Investigations into the jail dietaries of the United Provinces with some observations on the influence of dietary on the physical development and well-being of the people of the United Provinces - Number 48
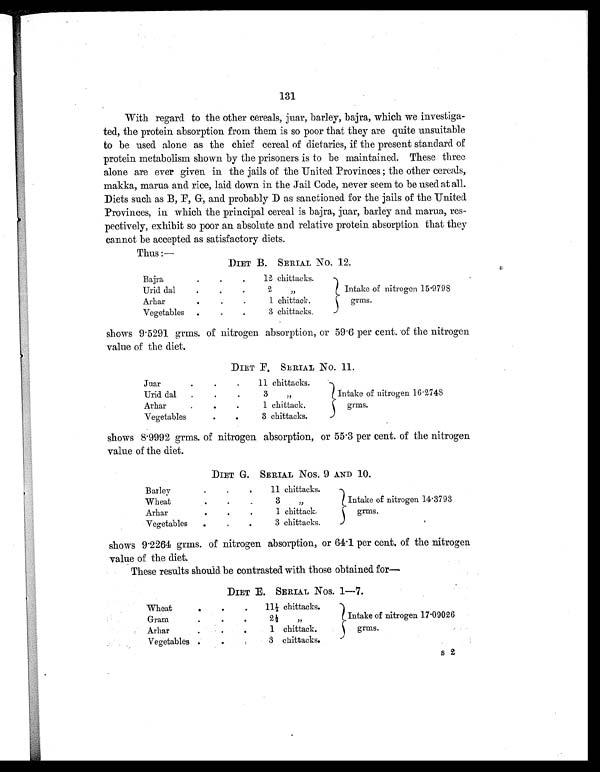
131
With regard to the other cereals, juar, barley, bajra, which we investiga-
ted, the protein absorption from them is so poor that they are quite unsuitable
to be used alone as the chief cereal of dietaries, if the present standard of
protein metabolism shown by the prisoners is to be maintained. These three
alone are ever given in the jails of the United Provinces; the other cereals,
makka, marua and rice, laid down in the Jail Code, never seem to be used at all.
Diets such as B, F, G, and probably D as sanctioned for the jails of the United
Provinces, in which the principal cereal is bajra, juar, barley and marua, res-
pectively, exhibit so poor an absolute and relative protein absorption that they
cannot be accepted as satisfactory diets.
Thus:—
DIET B. SERIAL No. 12.
Bajra
.
. .
12 chittacks.
Intake of nitrogen 15.9798
grms.
Urid dal
. . .
2
, ,
Arhar
.
. .
1 chittack.
Vegetables
.
. .
3 chittack.
shows 9.5291 grms. of nitrogen absorption, or 59.6 per cent. of the nitrogen
value of the diet.
DIET F. SERIAL No. 11.
Juar
.
.
.
11 chittacks.
Intake of nitrogen 16.2748
grms.
Urid dal
.
.
.
3
, ,
Arhar
. . .
1 chittack.
Vegetables
.
.
3 chittacks.
shows 8.9992 grms. of nitrogen absorption, or 55.3 per cent. of the nitrogen
value of the diet.
DIET G. SERIAL Nos. 9 AND 10.
Barley
.
.
.
11 chittacks.
Intake of nitrogen 14.3793
grms.
Wheat
. . .
3
, ,
Arhar
.
. .
1 chittack.
Vegetables
.
.
.
3 chittacks.
shows 9.2264 grms. of nitrogen absorption, or 64.1 per cent. of the nitrogen
value of the diet.
These results should be contrasted with those obtained for—
DIET E. SERIAL Nos. 1—7.
Wheat
.
.
.
11½ chittacks.
Intake of nitrogen 17.09026
grms.
Gram
. . .
2½
, ,
Arhar
. . .
1 chittack.
Vegetables . .
3 chittacks.
s 2